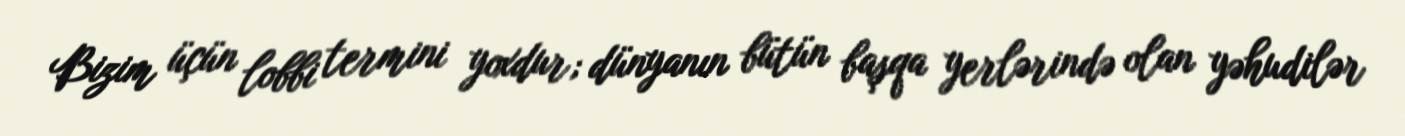
Bizim üçün lobbi termini yoxdur; dünyanın bütün başqa yerlərində olan yəhudilər